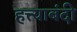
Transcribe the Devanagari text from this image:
हत्त्याबंदी